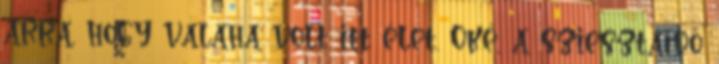
arra, hogy valaha volt itt élet. Oké, a sziesztaidő